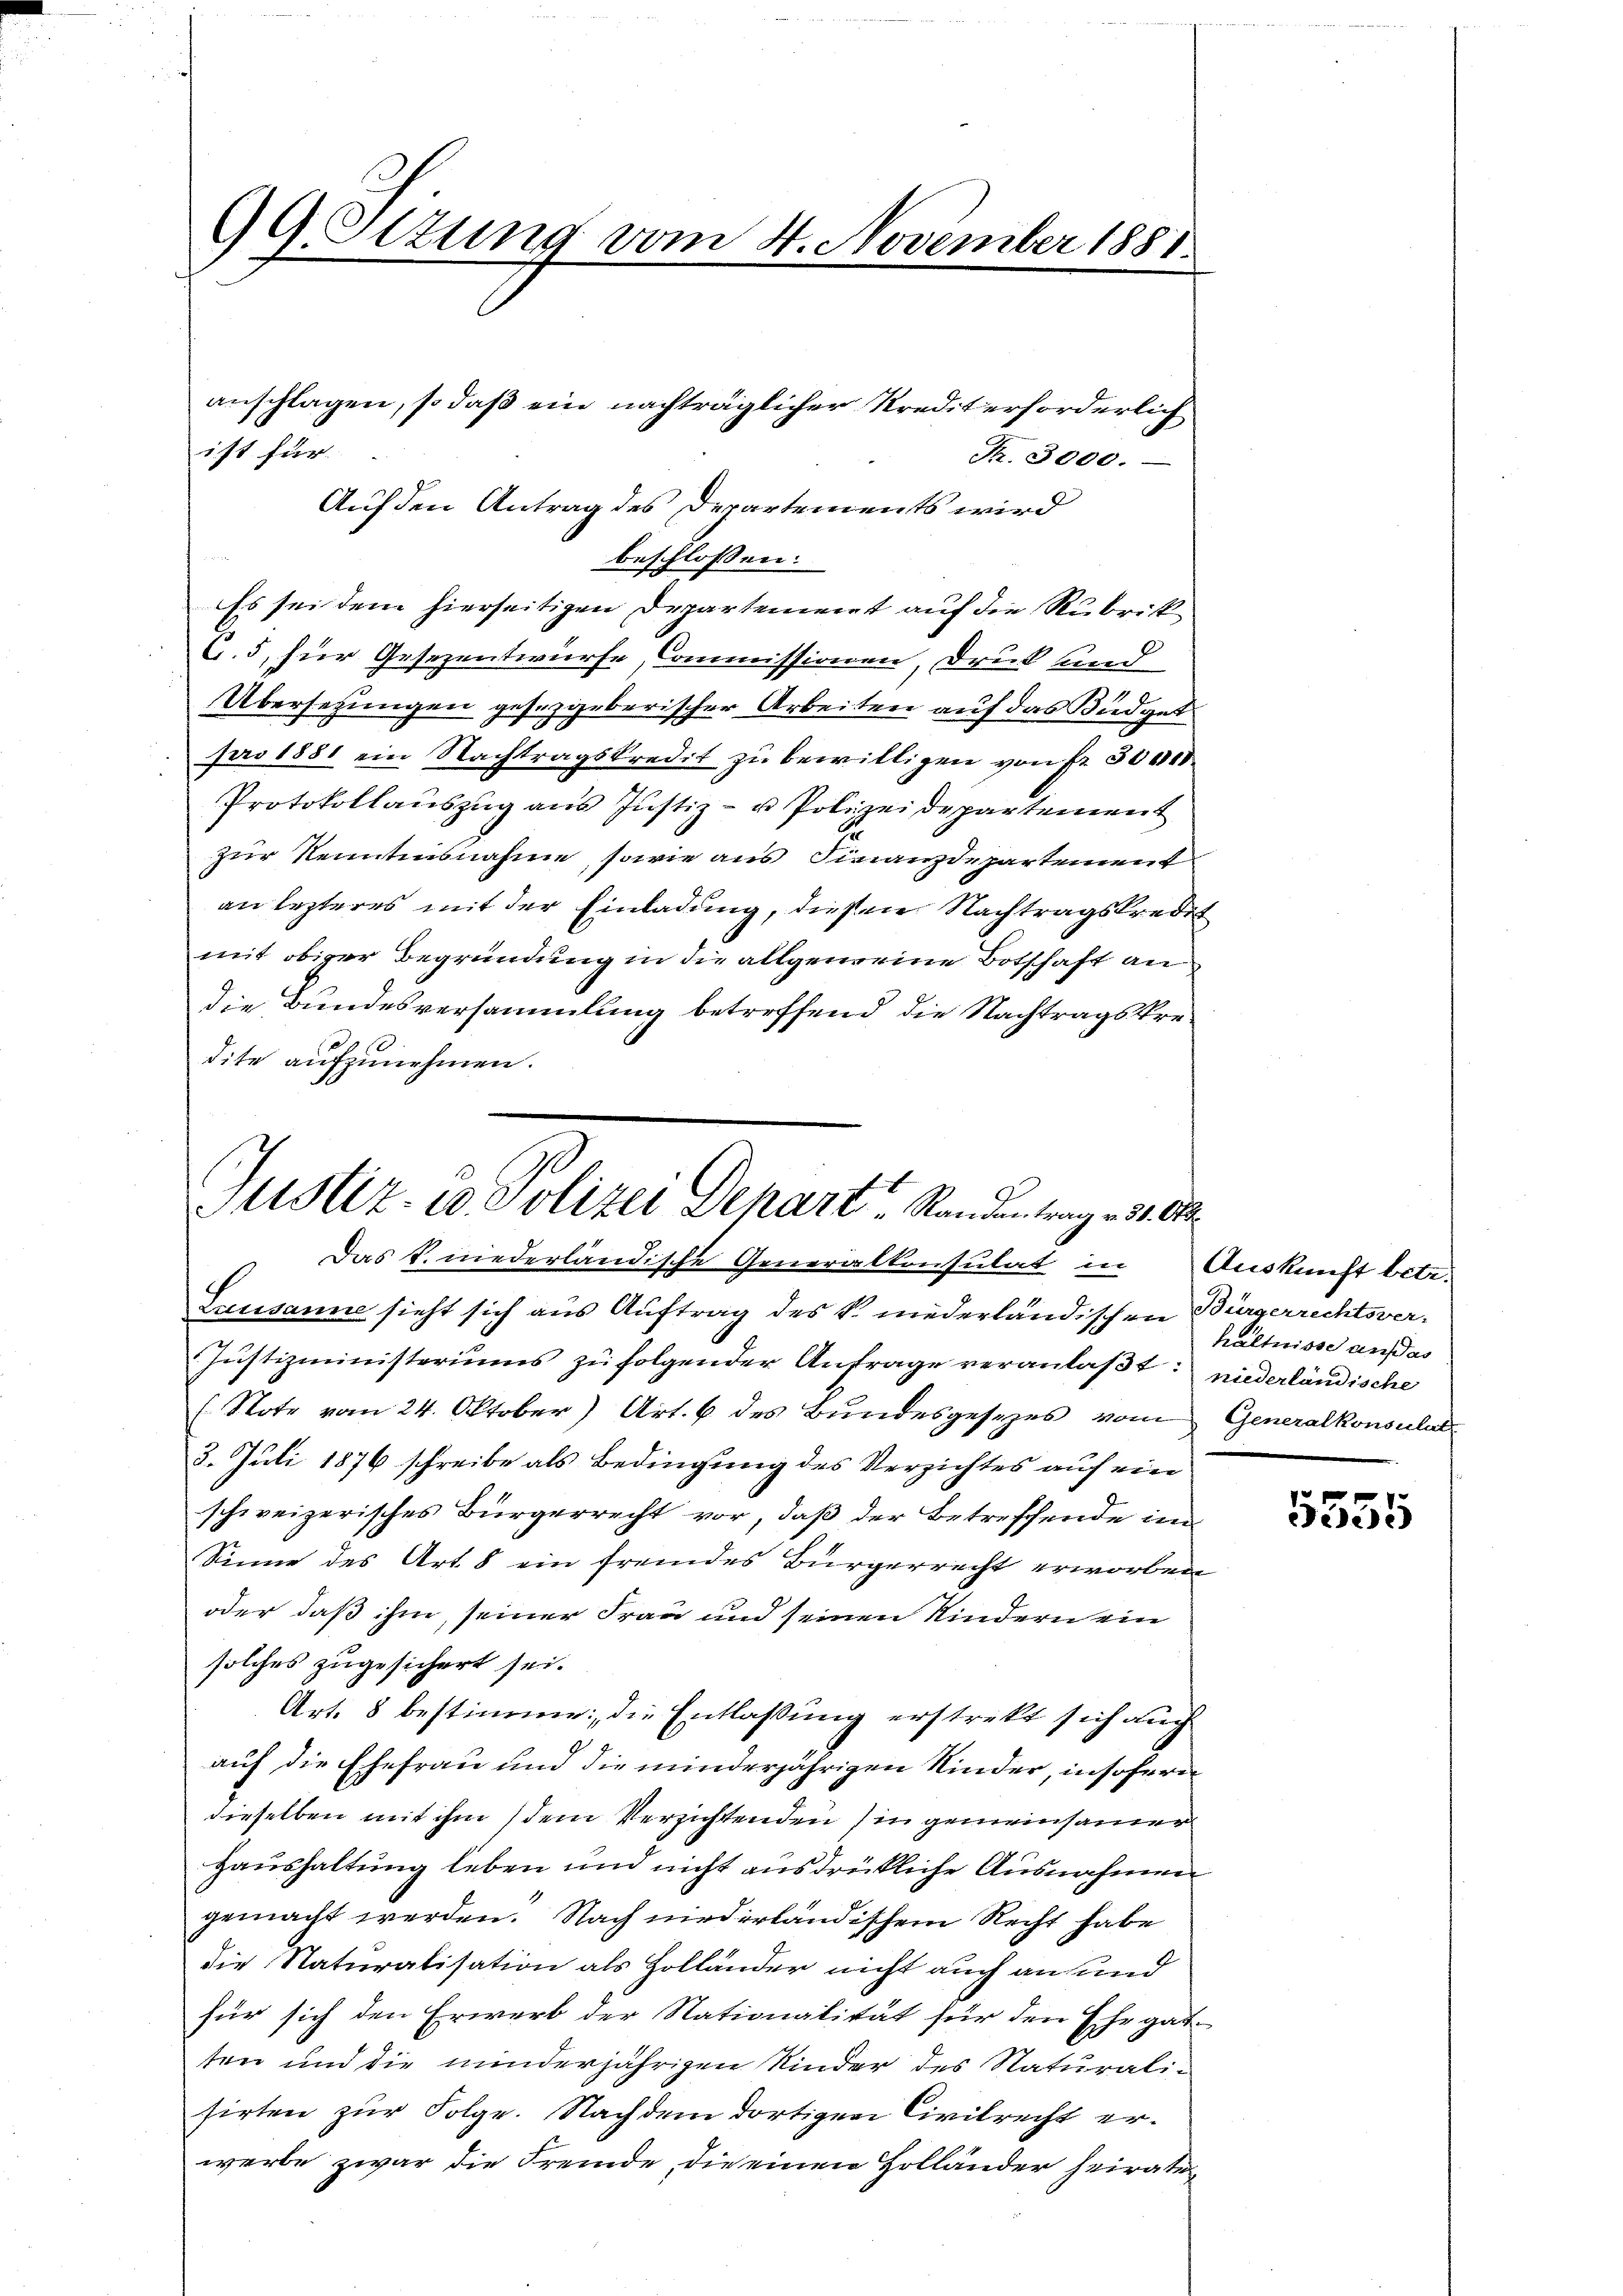
GG. Ottung vom 4. November 1881.

g
beschlossen:
Es sei dem hierseitigen Departement auf die Rubrik
C. 5, für Gesezentwurfe, Commissionen, Druck und
Übersetzungen gesezgeberischer Arbeiten auf das Büdget
pro 1881 ein Nachtragskredit zŭ bewilligen von Fr. 300000
Protokollaŭszŭg ans Justiz- u Polizeidepartement
zur Kenntnisnahme, sowie aus Finanzdepartement
an lezteres mit der Einladung, diesen Nachtragskredit
mit obiger Begründung in die allgemeine Botschaft an
die Bundesversammlung betreffend die Nachtragskredite aufzunehmen.

anschlagen, so daß ein nachträglicher Kredit erforderlich
ist für
Auf den Antrag des Departements wird

Nr. 3000.

Justiz- & Polizei Depart Randantrag - 31. A
Das k. niederländische Generalkonsulat in Auskunft betr.

Lausanne sieht sich aus Auftrag des k. niederländischen Bürgerrechtsver-
Justizministeriums zu folgender Anfrage veranlaßt: niederländische
(Note vom 24. Oktober) Art. 6 des Bundesgesezes vom Generalkonsulat
3. Juli 1876 schreibe als Bedingung des Verzichtes auf ein
schweizerisches Bürgerrecht vor, daß der Betreffende in
Sinne des Art. 8 ein fremdes Bürgerrecht erworben
oder daß ihm seiner Frau und seinen Kindern ein
solches zugesichert sei.
Art. 8 bestimme; die Entlassung erstrekt sich auch
auf die Ehefrau und die minderjährigen Kinder, insofern
dieselben mit ihm / dem Verzichtenden in gemeinsamer
Haushaltung leben und nicht ausdrückliche Ausnahmen
gemacht werden. Nach niederländischem Recht habe
die Naturalisation als Zolländer nicht auch ans und
für sich den Erwerb der Nationalität für den Ehegat
ten und die minderjährigen Kinder des Naturalisirten zur Folge. Nachdem dortigen Civilrecht erwerbe zwar die Fremde, die einen Holländer heirate

hältnisse außes

5555